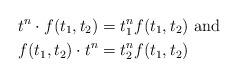
LaTeX: \begin{align*}t^n\cdot f(t_1,t_2)&=t_1^nf(t_1,t_2)\mbox{ and }\\f(t_1,t_2)\cdot t^n&=t_2^nf(t_1,t_2)\end{align*}